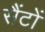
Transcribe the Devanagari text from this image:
सैंटों